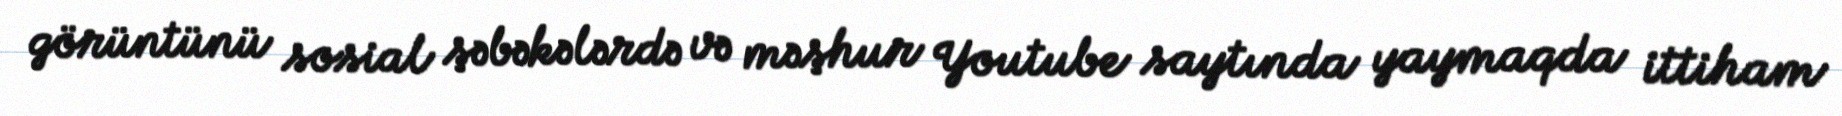
görüntünü sosial şəbəkələrdə və məşhur Youtube saytında yaymaqda ittiham